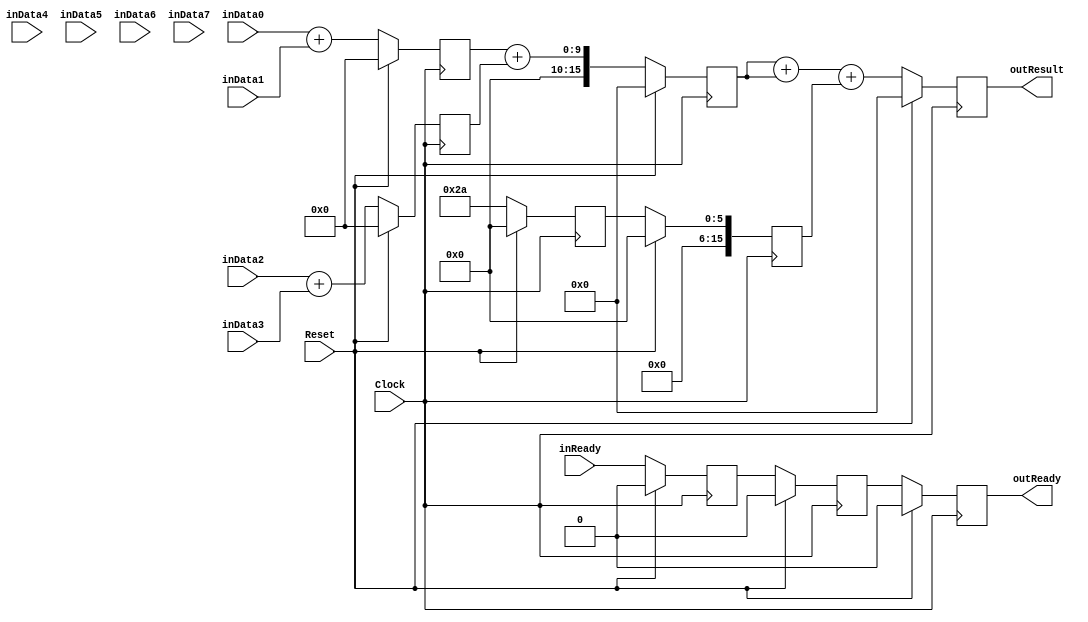
`timescale 1ns/1ps
`default_nettype none
// PLEASE READ THIS, IT MAY SAVE YOU SOME TIME AND MONEY, THANK YOU!
// * This file was generated by Quokka FPGA Toolkit.
// * Generated code is your property, do whatever you want with it
// * Place custom code between [BEGIN USER ***] and [END USER ***].
// * CAUTION: All code outside of [USER] scope is subject to regeneration.
// * Bad things happen sometimes in developer's life,
//   it is recommended to use source control management software (e.g. git, bzr etc) to keep your custom code safe'n'sound.
// * Internal structure of code is subject to change.
//   You can use some of signals in custom code, but most likely they will not exist in future (e.g. will get shorter or gone completely)
// * Please send your feedback, comments, improvement ideas etc. to evmuryshkin@gmail.com
// * Visit https://github.com/EvgenyMuryshkin/QuokkaEvaluation to access latest version of playground
//
// DISCLAIMER:
//   Code comes AS-IS, it is your responsibility to make sure it is working as expected
//   no responsibility will be taken for any loss or damage caused by use of Quokka toolkit.
//
// System configuration name is StageArraysPipelineModule_TopLevel, clock frequency is 1Hz, Top-level
// FSM summary
// -- Packages
module StageArraysPipelineModule_TopLevel
(
	// [BEGIN USER PORTS]
	// [END USER PORTS]
	input wire Clock,
	input wire Reset,
	input wire [7:0] inData0,
	input wire [7:0] inData1,
	input wire [7:0] inData2,
	input wire [7:0] inData3,
	input wire [7:0] inData4,
	input wire [7:0] inData5,
	input wire [7:0] inData6,
	input wire [7:0] inData7,
	input wire inReady,
	output wire outReady,
	output wire [15:0] outResult
);
	// [BEGIN USER SIGNALS]
	// [END USER SIGNALS]
	localparam HiSignal = 1'b1;
	localparam LoSignal = 1'b0;
	wire Zero = 1'b0;
	wire One = 1'b1;
	wire true = 1'b1;
	wire false = 1'b0;
	wire [15: 0] Pipeline_stage0_State_sumsDefault = 16'b0000000000000000;
	wire [15: 0] Pipeline_stage1_State_s0SumsDefault = 16'b0000000000000000;
	wire [15: 0] Pipeline_stage1_State_sumsDefault = 16'b0000000000000000;
	wire [5: 0] Pipeline_StageArraysPipelineModule_L30F25T27_Expr = 6'b101010;
	wire Inputs_inReady;
	reg Pipeline_stage0_NextState_IsS0Ready;
	reg Pipeline_stage1_NextState_IsS1Ready;
	reg Pipeline_stage2_NextState_ready;
	reg [15: 0] Pipeline_stage2_NextState_result;
	wire Pipeline_Inputs_inReady;
	wire Pipeline_State_ready;
	wire [15: 0] Pipeline_State_result;
	wire Pipeline_NextState_ready;
	wire [15: 0] Pipeline_NextState_result;
	wire [15: 0] Pipeline_StageArraysPipelineModule_L26F25T60_Cast;
	wire [15: 0] Pipeline_StageArraysPipelineModule_L27F25T60_Cast;
	wire [15: 0] Pipeline_StageArraysPipelineModule_L28F25T60_Cast;
	wire [15: 0] Pipeline_StageArraysPipelineModule_L29F25T60_Cast;
	wire [15: 0] Pipeline_StageArraysPipelineModule_L38F25T58_Cast;
	wire [15: 0] Pipeline_StageArraysPipelineModule_L39F25T58_Cast;
	wire [15: 0] Pipeline_StageArraysPipelineModule_L44F30T78_Cast;
	reg Pipeline_stage0_State_IsS0Ready = 1'b0;
	wire Pipeline_stage0_State_IsS0ReadyDefault = 1'b0;
	reg Pipeline_stage1_State_IsS1Ready = 1'b0;
	wire Pipeline_stage1_State_IsS1ReadyDefault = 1'b0;
	reg Pipeline_stage2_State_ready = 1'b0;
	wire Pipeline_stage2_State_readyDefault = 1'b0;
	reg [15: 0] Pipeline_stage2_State_result = 16'b0000000000000000;
	wire [15: 0] Pipeline_stage2_State_resultDefault = 16'b0000000000000000;
	wire [9: 0] Pipeline_StageArraysPipelineModule_L26F34T59_Expr;
	wire signed [9: 0] Pipeline_StageArraysPipelineModule_L26F34T59_Expr_1;
	wire signed [9: 0] Pipeline_StageArraysPipelineModule_L26F34T59_Expr_2;
	wire [9: 0] Pipeline_StageArraysPipelineModule_L27F34T59_Expr;
	wire signed [9: 0] Pipeline_StageArraysPipelineModule_L27F34T59_Expr_1;
	wire signed [9: 0] Pipeline_StageArraysPipelineModule_L27F34T59_Expr_2;
	wire [9: 0] Pipeline_StageArraysPipelineModule_L28F34T59_Expr;
	wire signed [9: 0] Pipeline_StageArraysPipelineModule_L28F34T59_Expr_1;
	wire signed [9: 0] Pipeline_StageArraysPipelineModule_L28F34T59_Expr_2;
	wire [9: 0] Pipeline_StageArraysPipelineModule_L29F34T59_Expr;
	wire signed [9: 0] Pipeline_StageArraysPipelineModule_L29F34T59_Expr_1;
	wire signed [9: 0] Pipeline_StageArraysPipelineModule_L29F34T59_Expr_2;
	wire [17: 0] Pipeline_StageArraysPipelineModule_L38F34T57_Expr;
	wire signed [17: 0] Pipeline_StageArraysPipelineModule_L38F34T57_Expr_1;
	wire signed [17: 0] Pipeline_StageArraysPipelineModule_L38F34T57_Expr_2;
	wire [17: 0] Pipeline_StageArraysPipelineModule_L39F34T57_Expr;
	wire signed [17: 0] Pipeline_StageArraysPipelineModule_L39F34T57_Expr_1;
	wire signed [17: 0] Pipeline_StageArraysPipelineModule_L39F34T57_Expr_2;
	wire [19: 0] Pipeline_StageArraysPipelineModule_L44F39T77_Expr;
	wire signed [19: 0] Pipeline_StageArraysPipelineModule_L44F39T77_Expr_1;
	wire signed [19: 0] Pipeline_StageArraysPipelineModule_L44F39T77_Expr_2;
	wire [17: 0] Pipeline_StageArraysPipelineModule_L44F39T62_Expr;
	wire signed [17: 0] Pipeline_StageArraysPipelineModule_L44F39T62_Expr_1;
	wire signed [17: 0] Pipeline_StageArraysPipelineModule_L44F39T62_Expr_2;
	wire [7 : 0] Inputs_inData [0 : 7];
	integer Pipeline_stage0_State_sums_Iterator;
	reg [15 : 0] Pipeline_stage0_State_sums [0 : 4];
	initial
	begin : Init_Pipeline_stage0_State_sums
		for (Pipeline_stage0_State_sums_Iterator = 0; Pipeline_stage0_State_sums_Iterator < 5; Pipeline_stage0_State_sums_Iterator = Pipeline_stage0_State_sums_Iterator + 1)
			Pipeline_stage0_State_sums[Pipeline_stage0_State_sums_Iterator] = 0;
	end
	integer Pipeline_stage0_NextState_sums_Iterator;
	reg [15 : 0] Pipeline_stage0_NextState_sums [0 : 4];
	initial
	begin : Init_Pipeline_stage0_NextState_sums
		for (Pipeline_stage0_NextState_sums_Iterator = 0; Pipeline_stage0_NextState_sums_Iterator < 5; Pipeline_stage0_NextState_sums_Iterator = Pipeline_stage0_NextState_sums_Iterator + 1)
			Pipeline_stage0_NextState_sums[Pipeline_stage0_NextState_sums_Iterator] = 0;
	end
	integer Pipeline_stage1_State_s0Sums_Iterator;
	reg [15 : 0] Pipeline_stage1_State_s0Sums [0 : 4];
	initial
	begin : Init_Pipeline_stage1_State_s0Sums
		for (Pipeline_stage1_State_s0Sums_Iterator = 0; Pipeline_stage1_State_s0Sums_Iterator < 5; Pipeline_stage1_State_s0Sums_Iterator = Pipeline_stage1_State_s0Sums_Iterator + 1)
			Pipeline_stage1_State_s0Sums[Pipeline_stage1_State_s0Sums_Iterator] = 0;
	end
	integer Pipeline_stage1_NextState_s0Sums_Iterator;
	reg [15 : 0] Pipeline_stage1_NextState_s0Sums [0 : 4];
	initial
	begin : Init_Pipeline_stage1_NextState_s0Sums
		for (Pipeline_stage1_NextState_s0Sums_Iterator = 0; Pipeline_stage1_NextState_s0Sums_Iterator < 5; Pipeline_stage1_NextState_s0Sums_Iterator = Pipeline_stage1_NextState_s0Sums_Iterator + 1)
			Pipeline_stage1_NextState_s0Sums[Pipeline_stage1_NextState_s0Sums_Iterator] = 0;
	end
	integer Pipeline_stage1_State_sums_Iterator;
	reg [15 : 0] Pipeline_stage1_State_sums [0 : 1];
	initial
	begin : Init_Pipeline_stage1_State_sums
		for (Pipeline_stage1_State_sums_Iterator = 0; Pipeline_stage1_State_sums_Iterator < 2; Pipeline_stage1_State_sums_Iterator = Pipeline_stage1_State_sums_Iterator + 1)
			Pipeline_stage1_State_sums[Pipeline_stage1_State_sums_Iterator] = 0;
	end
	integer Pipeline_stage1_NextState_sums_Iterator;
	reg [15 : 0] Pipeline_stage1_NextState_sums [0 : 1];
	initial
	begin : Init_Pipeline_stage1_NextState_sums
		for (Pipeline_stage1_NextState_sums_Iterator = 0; Pipeline_stage1_NextState_sums_Iterator < 2; Pipeline_stage1_NextState_sums_Iterator = Pipeline_stage1_NextState_sums_Iterator + 1)
			Pipeline_stage1_NextState_sums[Pipeline_stage1_NextState_sums_Iterator] = 0;
	end
	wire [7 : 0] Pipeline_Inputs_inData [0 : 7];
	wire [15 : 0] Pipeline_StageArraysPipelineModule_L24F28L31T22_Enumerable [0 : 4];
	wire [15 : 0] Pipeline_StageArraysPipelineModule_L36F28L40T22_Enumerable [0 : 1];
	always @ (posedge Clock)
	begin
		if ((Reset == 1))
		begin
			Pipeline_stage0_State_IsS0Ready <= Pipeline_stage0_State_IsS0ReadyDefault;
			Pipeline_stage1_State_IsS1Ready <= Pipeline_stage1_State_IsS1ReadyDefault;
			Pipeline_stage2_State_ready <= Pipeline_stage2_State_readyDefault;
			Pipeline_stage2_State_result <= Pipeline_stage2_State_resultDefault;
		end
		else
		begin
			Pipeline_stage0_State_IsS0Ready <= Pipeline_stage0_NextState_IsS0Ready;
			Pipeline_stage1_State_IsS1Ready <= Pipeline_stage1_NextState_IsS1Ready;
			Pipeline_stage2_State_ready <= Pipeline_stage2_NextState_ready;
			Pipeline_stage2_State_result <= Pipeline_stage2_NextState_result;
		end
	end
	always @ (posedge Clock)
	begin
		if ((Reset == 1))
		begin
			for (Pipeline_stage0_State_sums_Iterator = 0; (Pipeline_stage0_State_sums_Iterator < 5); Pipeline_stage0_State_sums_Iterator = (Pipeline_stage0_State_sums_Iterator + 1))
			begin
				Pipeline_stage0_State_sums[Pipeline_stage0_State_sums_Iterator] <= Pipeline_stage0_State_sumsDefault;
			end
		end
		else
		begin
			for (Pipeline_stage0_State_sums_Iterator = 0; (Pipeline_stage0_State_sums_Iterator < 5); Pipeline_stage0_State_sums_Iterator = (Pipeline_stage0_State_sums_Iterator + 1))
			begin
				Pipeline_stage0_State_sums[Pipeline_stage0_State_sums_Iterator] <= Pipeline_stage0_NextState_sums[Pipeline_stage0_State_sums_Iterator];
			end
		end
	end
	always @ (posedge Clock)
	begin
		if ((Reset == 1))
		begin
			for (Pipeline_stage1_State_s0Sums_Iterator = 0; (Pipeline_stage1_State_s0Sums_Iterator < 5); Pipeline_stage1_State_s0Sums_Iterator = (Pipeline_stage1_State_s0Sums_Iterator + 1))
			begin
				Pipeline_stage1_State_s0Sums[Pipeline_stage1_State_s0Sums_Iterator] <= Pipeline_stage1_State_s0SumsDefault;
			end
		end
		else
		begin
			for (Pipeline_stage1_State_s0Sums_Iterator = 0; (Pipeline_stage1_State_s0Sums_Iterator < 5); Pipeline_stage1_State_s0Sums_Iterator = (Pipeline_stage1_State_s0Sums_Iterator + 1))
			begin
				Pipeline_stage1_State_s0Sums[Pipeline_stage1_State_s0Sums_Iterator] <= Pipeline_stage1_NextState_s0Sums[Pipeline_stage1_State_s0Sums_Iterator];
			end
		end
	end
	always @ (posedge Clock)
	begin
		if ((Reset == 1))
		begin
			for (Pipeline_stage1_State_sums_Iterator = 0; (Pipeline_stage1_State_sums_Iterator < 2); Pipeline_stage1_State_sums_Iterator = (Pipeline_stage1_State_sums_Iterator + 1))
			begin
				Pipeline_stage1_State_sums[Pipeline_stage1_State_sums_Iterator] <= Pipeline_stage1_State_sumsDefault;
			end
		end
		else
		begin
			for (Pipeline_stage1_State_sums_Iterator = 0; (Pipeline_stage1_State_sums_Iterator < 2); Pipeline_stage1_State_sums_Iterator = (Pipeline_stage1_State_sums_Iterator + 1))
			begin
				Pipeline_stage1_State_sums[Pipeline_stage1_State_sums_Iterator] <= Pipeline_stage1_NextState_sums[Pipeline_stage1_State_sums_Iterator];
			end
		end
	end
	assign Pipeline_StageArraysPipelineModule_L26F34T59_Expr = Pipeline_StageArraysPipelineModule_L26F34T59_Expr_1 + Pipeline_StageArraysPipelineModule_L26F34T59_Expr_2;
	assign Pipeline_StageArraysPipelineModule_L27F34T59_Expr = Pipeline_StageArraysPipelineModule_L27F34T59_Expr_1 + Pipeline_StageArraysPipelineModule_L27F34T59_Expr_2;
	assign Pipeline_StageArraysPipelineModule_L28F34T59_Expr = Pipeline_StageArraysPipelineModule_L28F34T59_Expr_1 + Pipeline_StageArraysPipelineModule_L28F34T59_Expr_2;
	assign Pipeline_StageArraysPipelineModule_L29F34T59_Expr = Pipeline_StageArraysPipelineModule_L29F34T59_Expr_1 + Pipeline_StageArraysPipelineModule_L29F34T59_Expr_2;
	assign Pipeline_StageArraysPipelineModule_L38F34T57_Expr = Pipeline_StageArraysPipelineModule_L38F34T57_Expr_1 + Pipeline_StageArraysPipelineModule_L38F34T57_Expr_2;
	assign Pipeline_StageArraysPipelineModule_L39F34T57_Expr = Pipeline_StageArraysPipelineModule_L39F34T57_Expr_1 + Pipeline_StageArraysPipelineModule_L39F34T57_Expr_2;
	assign Pipeline_StageArraysPipelineModule_L44F39T77_Expr = Pipeline_StageArraysPipelineModule_L44F39T77_Expr_1 + Pipeline_StageArraysPipelineModule_L44F39T77_Expr_2;
	assign Pipeline_StageArraysPipelineModule_L44F39T62_Expr = Pipeline_StageArraysPipelineModule_L44F39T62_Expr_1 + Pipeline_StageArraysPipelineModule_L44F39T62_Expr_2;
	always @ (*)
	begin
		Pipeline_stage0_NextState_IsS0Ready = Pipeline_stage0_State_IsS0Ready;
		Pipeline_stage0_NextState_sums[0] = Pipeline_stage0_State_sums[0];
		Pipeline_stage0_NextState_sums[1] = Pipeline_stage0_State_sums[1];
		Pipeline_stage0_NextState_sums[2] = Pipeline_stage0_State_sums[2];
		Pipeline_stage0_NextState_sums[3] = Pipeline_stage0_State_sums[3];
		Pipeline_stage0_NextState_sums[4] = Pipeline_stage0_State_sums[4];
		Pipeline_stage1_NextState_IsS1Ready = Pipeline_stage1_State_IsS1Ready;
		Pipeline_stage1_NextState_s0Sums[0] = Pipeline_stage1_State_s0Sums[0];
		Pipeline_stage1_NextState_s0Sums[1] = Pipeline_stage1_State_s0Sums[1];
		Pipeline_stage1_NextState_s0Sums[2] = Pipeline_stage1_State_s0Sums[2];
		Pipeline_stage1_NextState_s0Sums[3] = Pipeline_stage1_State_s0Sums[3];
		Pipeline_stage1_NextState_s0Sums[4] = Pipeline_stage1_State_s0Sums[4];
		Pipeline_stage1_NextState_sums[0] = Pipeline_stage1_State_sums[0];
		Pipeline_stage1_NextState_sums[1] = Pipeline_stage1_State_sums[1];
		Pipeline_stage2_NextState_ready = Pipeline_stage2_State_ready;
		Pipeline_stage2_NextState_result = Pipeline_stage2_State_result;
		Pipeline_stage0_NextState_IsS0Ready = Pipeline_Inputs_inReady;
		Pipeline_stage0_NextState_sums[0] = Pipeline_StageArraysPipelineModule_L24F28L31T22_Enumerable[0];
		Pipeline_stage0_NextState_sums[1] = Pipeline_StageArraysPipelineModule_L24F28L31T22_Enumerable[1];
		Pipeline_stage0_NextState_sums[2] = Pipeline_StageArraysPipelineModule_L24F28L31T22_Enumerable[2];
		Pipeline_stage0_NextState_sums[3] = Pipeline_StageArraysPipelineModule_L24F28L31T22_Enumerable[3];
		Pipeline_stage0_NextState_sums[4] = Pipeline_StageArraysPipelineModule_L24F28L31T22_Enumerable[4];
		Pipeline_stage1_NextState_IsS1Ready = Pipeline_stage0_State_IsS0Ready;
		Pipeline_stage1_NextState_s0Sums[0] = Pipeline_stage0_State_sums[0];
		Pipeline_stage1_NextState_s0Sums[1] = Pipeline_stage0_State_sums[1];
		Pipeline_stage1_NextState_s0Sums[2] = Pipeline_stage0_State_sums[2];
		Pipeline_stage1_NextState_s0Sums[3] = Pipeline_stage0_State_sums[3];
		Pipeline_stage1_NextState_s0Sums[4] = Pipeline_stage0_State_sums[4];
		Pipeline_stage1_NextState_sums[0] = Pipeline_StageArraysPipelineModule_L36F28L40T22_Enumerable[0];
		Pipeline_stage1_NextState_sums[1] = Pipeline_StageArraysPipelineModule_L36F28L40T22_Enumerable[1];
		Pipeline_stage2_NextState_ready = Pipeline_stage1_State_IsS1Ready;
		Pipeline_stage2_NextState_result = Pipeline_StageArraysPipelineModule_L44F30T78_Cast;
	end
	assign Pipeline_StageArraysPipelineModule_L26F34T59_Expr_1 = {
		{2{1'b0}},
		Pipeline_Inputs_inData[0]
	}
	;
	assign Pipeline_StageArraysPipelineModule_L26F34T59_Expr_2 = {
		{2{1'b0}},
		Pipeline_Inputs_inData[1]
	}
	;
	assign Pipeline_StageArraysPipelineModule_L27F34T59_Expr_1 = {
		{2{1'b0}},
		Pipeline_Inputs_inData[2]
	}
	;
	assign Pipeline_StageArraysPipelineModule_L27F34T59_Expr_2 = {
		{2{1'b0}},
		Pipeline_Inputs_inData[3]
	}
	;
	assign Pipeline_StageArraysPipelineModule_L28F34T59_Expr_1 = {
		{2{1'b0}},
		Pipeline_Inputs_inData[4]
	}
	;
	assign Pipeline_StageArraysPipelineModule_L28F34T59_Expr_2 = {
		{2{1'b0}},
		Pipeline_Inputs_inData[5]
	}
	;
	assign Pipeline_StageArraysPipelineModule_L29F34T59_Expr_1 = {
		{2{1'b0}},
		Pipeline_Inputs_inData[6]
	}
	;
	assign Pipeline_StageArraysPipelineModule_L29F34T59_Expr_2 = {
		{2{1'b0}},
		Pipeline_Inputs_inData[7]
	}
	;
	assign Pipeline_StageArraysPipelineModule_L38F34T57_Expr_1 = {
		{2{1'b0}},
		Pipeline_stage0_State_sums[0]
	}
	;
	assign Pipeline_StageArraysPipelineModule_L38F34T57_Expr_2 = {
		{2{1'b0}},
		Pipeline_stage0_State_sums[1]
	}
	;
	assign Pipeline_StageArraysPipelineModule_L39F34T57_Expr_1 = {
		{2{1'b0}},
		Pipeline_stage0_State_sums[2]
	}
	;
	assign Pipeline_StageArraysPipelineModule_L39F34T57_Expr_2 = {
		{2{1'b0}},
		Pipeline_stage0_State_sums[3]
	}
	;
	assign Pipeline_StageArraysPipelineModule_L44F39T77_Expr_1 = {
		{2{1'b0}},
		Pipeline_StageArraysPipelineModule_L44F39T62_Expr
	}
	;
	assign Pipeline_StageArraysPipelineModule_L44F39T77_Expr_2 = {
		{4{1'b0}},
		Pipeline_stage1_State_s0Sums[4]
	}
	;
	assign Pipeline_StageArraysPipelineModule_L44F39T62_Expr_1 = {
		{2{1'b0}},
		Pipeline_stage1_State_sums[0]
	}
	;
	assign Pipeline_StageArraysPipelineModule_L44F39T62_Expr_2 = {
		{2{1'b0}},
		Pipeline_stage1_State_sums[0]
	}
	;
	assign Inputs_inData[0] = inData0;
	assign Inputs_inData[1] = inData1;
	assign Inputs_inData[2] = inData2;
	assign Inputs_inData[3] = inData3;
	assign Inputs_inData[4] = inData4;
	assign Inputs_inData[5] = inData5;
	assign Inputs_inData[6] = inData6;
	assign Inputs_inData[7] = inData7;
	assign Inputs_inReady = inReady;
	assign Pipeline_State_ready = Pipeline_stage2_State_ready;
	assign Pipeline_State_result = Pipeline_stage2_State_result;
	assign Pipeline_NextState_ready = Pipeline_stage2_NextState_ready;
	assign Pipeline_NextState_result = Pipeline_stage2_NextState_result;
	assign Pipeline_StageArraysPipelineModule_L26F25T60_Cast = {
		{6{1'b0}},
		Pipeline_StageArraysPipelineModule_L26F34T59_Expr
	}
	;
	assign Pipeline_StageArraysPipelineModule_L27F25T60_Cast = {
		{6{1'b0}},
		Pipeline_StageArraysPipelineModule_L27F34T59_Expr
	}
	;
	assign Pipeline_StageArraysPipelineModule_L28F25T60_Cast = {
		{6{1'b0}},
		Pipeline_StageArraysPipelineModule_L28F34T59_Expr
	}
	;
	assign Pipeline_StageArraysPipelineModule_L29F25T60_Cast = {
		{6{1'b0}},
		Pipeline_StageArraysPipelineModule_L29F34T59_Expr
	}
	;
	assign Pipeline_StageArraysPipelineModule_L24F28L31T22_Enumerable[0] = Pipeline_StageArraysPipelineModule_L26F25T60_Cast;
	assign Pipeline_StageArraysPipelineModule_L24F28L31T22_Enumerable[1] = Pipeline_StageArraysPipelineModule_L27F25T60_Cast;
	assign Pipeline_StageArraysPipelineModule_L24F28L31T22_Enumerable[2] = Pipeline_StageArraysPipelineModule_L28F25T60_Cast;
	assign Pipeline_StageArraysPipelineModule_L24F28L31T22_Enumerable[3] = Pipeline_StageArraysPipelineModule_L29F25T60_Cast;
	assign Pipeline_StageArraysPipelineModule_L24F28L31T22_Enumerable[4] = {
		{10{1'b0}},
		Pipeline_StageArraysPipelineModule_L30F25T27_Expr
	}
	;
	assign Pipeline_StageArraysPipelineModule_L38F25T58_Cast = Pipeline_StageArraysPipelineModule_L38F34T57_Expr[15:0];
	assign Pipeline_StageArraysPipelineModule_L39F25T58_Cast = Pipeline_StageArraysPipelineModule_L39F34T57_Expr[15:0];
	assign Pipeline_StageArraysPipelineModule_L36F28L40T22_Enumerable[0] = Pipeline_StageArraysPipelineModule_L38F25T58_Cast;
	assign Pipeline_StageArraysPipelineModule_L36F28L40T22_Enumerable[1] = Pipeline_StageArraysPipelineModule_L39F25T58_Cast;
	assign Pipeline_StageArraysPipelineModule_L44F30T78_Cast = Pipeline_StageArraysPipelineModule_L44F39T77_Expr[15:0];
	assign outReady = Pipeline_State_ready;
	assign outResult = Pipeline_State_result;
	assign Pipeline_Inputs_inData[0] = Inputs_inData[0];
	assign Pipeline_Inputs_inData[1] = Inputs_inData[1];
	assign Pipeline_Inputs_inData[2] = Inputs_inData[2];
	assign Pipeline_Inputs_inData[3] = Inputs_inData[3];
	assign Pipeline_Inputs_inData[4] = Inputs_inData[4];
	assign Pipeline_Inputs_inData[5] = Inputs_inData[5];
	assign Pipeline_Inputs_inData[6] = Inputs_inData[6];
	assign Pipeline_Inputs_inData[7] = Inputs_inData[7];
	assign Pipeline_Inputs_inReady = Inputs_inReady;
	// [BEGIN USER ARCHITECTURE]
	// [END USER ARCHITECTURE]
endmodule